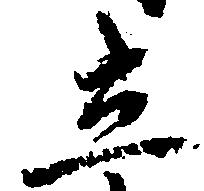
立